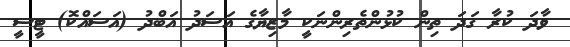
ވާދަ ކުރާ ގަދަ ތިން ކުޅުންތެރިންނަކީ މާޒިޔާގެ އަސަދު އަބްދު (އަސައްކޮ) ޓީސީ